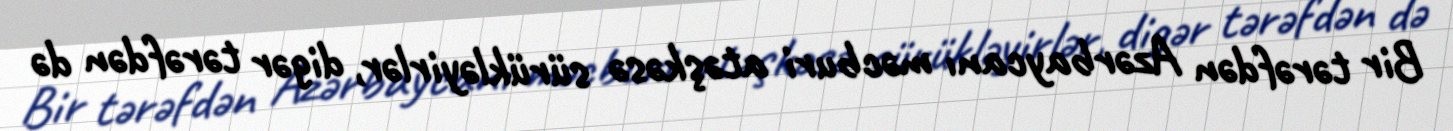
Bir tərəfdən Azərbaycanı məcburi atəşkəsə sürükləyirlər, digər tərəfdən də